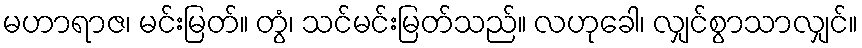
မဟာရာဇ၊ မင်းမြတ်။ တွံ၊ သင်မင်းမြတ်သည်။ လဟုခေါ၊ လျှင်စွာသာလျှင်။